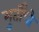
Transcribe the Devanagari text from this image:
मुर्तींची